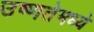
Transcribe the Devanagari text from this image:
उष्णतेमध्ये